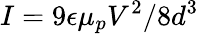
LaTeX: I=9\epsilon\mu_{p}V^{2}/8d^{3}